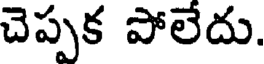
చెప్పక పోలేదు.